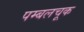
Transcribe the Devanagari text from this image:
पम्बलचूक